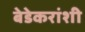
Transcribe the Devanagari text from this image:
बेडेकरांशी